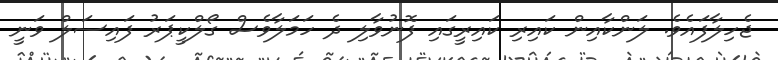
ޖެހިލާފައެވެ. ލަންކާއިން ކައިރި ކައިރީގައި ފޮނުވާލި ދެ ހަމަލާވެސް ގޯލްކީޕަރު ފައިސަލް ވަނީ